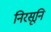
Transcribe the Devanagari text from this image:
निरसूनि